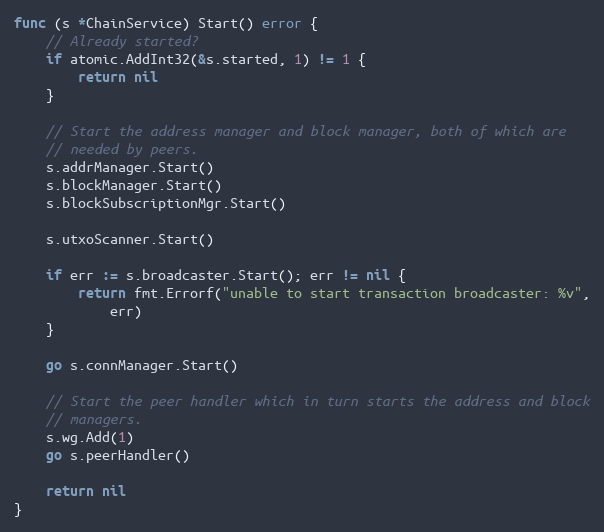
Language: Go
func (s *ChainService) Start() error {
	// Already started?
	if atomic.AddInt32(&s.started, 1) != 1 {
		return nil
	}

	// Start the address manager and block manager, both of which are
	// needed by peers.
	s.addrManager.Start()
	s.blockManager.Start()
	s.blockSubscriptionMgr.Start()

	s.utxoScanner.Start()

	if err := s.broadcaster.Start(); err != nil {
		return fmt.Errorf("unable to start transaction broadcaster: %v",
			err)
	}

	go s.connManager.Start()

	// Start the peer handler which in turn starts the address and block
	// managers.
	s.wg.Add(1)
	go s.peerHandler()

	return nil
}